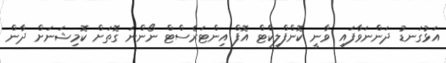
އަޅުގަނޑު ދަންނަވާފައި ވާނީ ކޮންފްލިކްޓް އޮފް އިންޓަރެސްޓް ނޯންނަ ގޮތަށް ކޮމިޝަނަށް ދާން